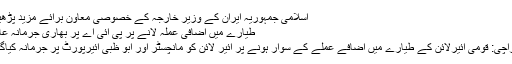
اسلامی جمہوریہ ایران کے وزیر خارجہ کے خصوصی معاون برائے مزید پڑھیں
طیارے میں اضافی عملہ لانے پر پی آئی اے پر بھاری جرمانہ عائد
کراچی: قومی ائیرلائن کے طیارے میں اضافے عملے کے سوار ہونے پر ائیر لائن کو مانچسٹر اور ابو ظبی ائیرپورٹ پر جرمانہ کیاگیا۔